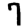
Digit: 7